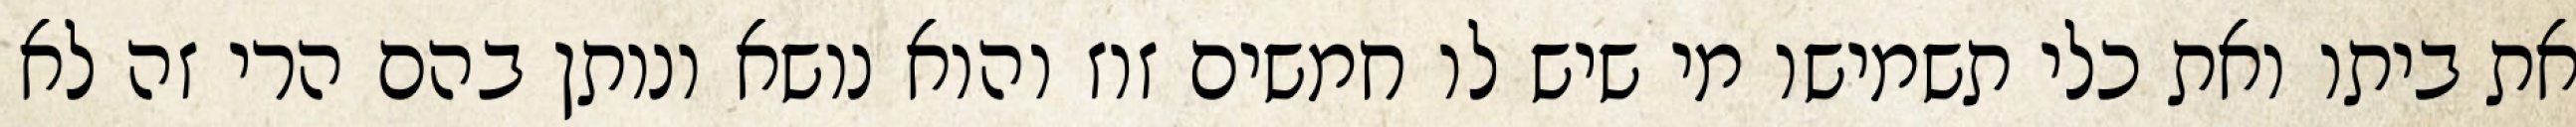
את ביתו ואת כלי תשמישו מי שיש לו חמשים זוז והוא נושא ונותן בהם הרי זה לא